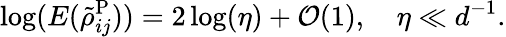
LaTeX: \log(E(\tilde{\rho}_{ij}^{\mathrm{P}}))=2\log(\eta)+\mathcal{O}(1),\quad\eta\ll d^{-1}.